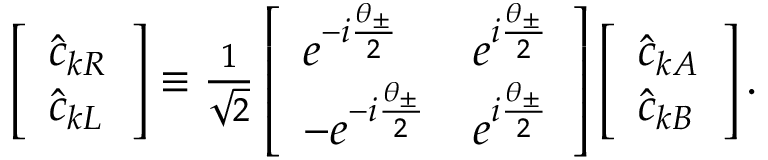
\begin{array} { r } { \left[ \begin{array} { l } { \hat { c } _ { k R } } \\ { \hat { c } _ { k L } } \end{array} \right] \equiv \frac { 1 } { \sqrt { 2 } } \left[ \begin{array} { l l } { e ^ { - i \frac { \theta _ { \pm } } { 2 } } } & { e ^ { i \frac { \theta _ { \pm } } { 2 } } } \\ { - e ^ { - i \frac { \theta _ { \pm } } { 2 } } } & { e ^ { i \frac { \theta _ { \pm } } { 2 } } } \end{array} \right] \left[ \begin{array} { l } { \hat { c } _ { k A } } \\ { \hat { c } _ { k B } } \end{array} \right] . } \end{array}